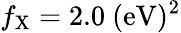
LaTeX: f_{\mathrm{{X}}}=2.0~\mathrm{{(eV)^{2}}}